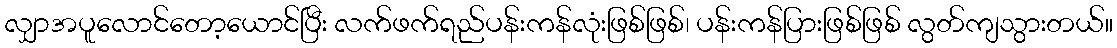
လျှာအပူလောင်တော့ယောင်ပြီး လက်ဖက်ရည်ပန်းကန်လုံးဖြစ်ဖြစ်၊ ပန်းကန်ပြားဖြစ်ဖြစ် လွတ်ကျသွားတယ်။